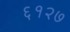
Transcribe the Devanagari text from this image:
६१२७